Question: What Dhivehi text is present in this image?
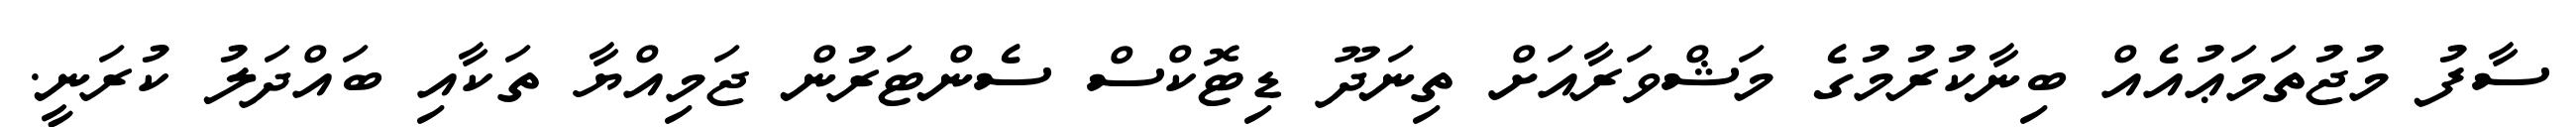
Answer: ސާފު މުޖުތަމަޢުއެއް ބިނާކުރުމުގެ މަޝްވަރާއަށް ތިނަދޫ ޑިޓޮކްސް ސެންޓަރުން ޖަމިއްޔާ ތަކާއި ބައްދަލު ކުރަނީ.